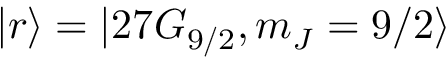
| r \rangle = | 2 7 G _ { 9 / 2 } , m _ { J } = 9 / 2 \rangle